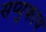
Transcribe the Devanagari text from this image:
सप्युकाय